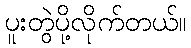
ပူးတွဲပို့လိုက်တယ်။